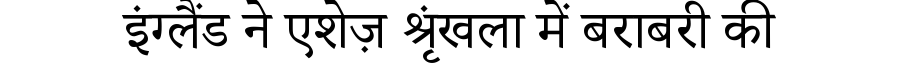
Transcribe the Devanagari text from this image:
इंग्लैंड ने एशेज़ श्रृंखला में बराबरी की